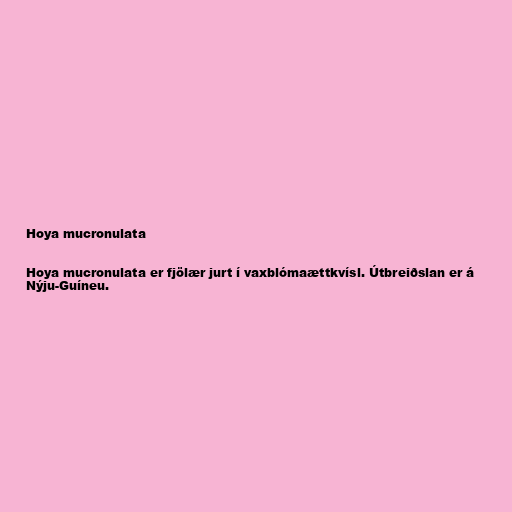
Hoya mucronulata

Hoya mucronulata er fjölær jurt í vaxblómaættkvísl. Útbreiðslan er á
Nýju-Guíneu.